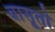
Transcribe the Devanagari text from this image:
बासूतो